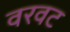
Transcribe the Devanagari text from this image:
वरवट